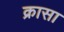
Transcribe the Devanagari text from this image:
क्रासा